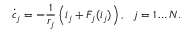
\dot { c } _ { j } = - \frac { 1 } { r _ { j } } \left( i _ { j } + F _ { j } ( i _ { j } ) \right) , ~ ~ j = 1 \dots N .